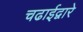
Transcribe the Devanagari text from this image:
चढाईद्वारे